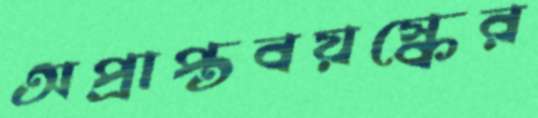
অপ্রাপ্তবয়স্কের